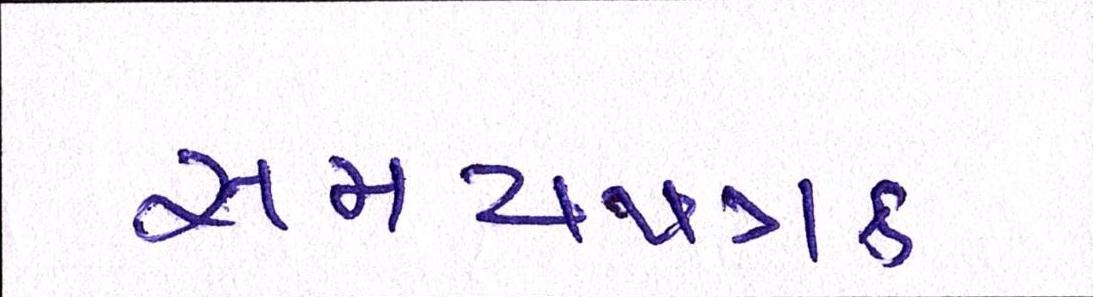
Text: સમયપત્રક